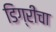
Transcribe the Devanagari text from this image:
डिग्रीचा